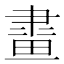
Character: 𤲯